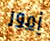
أمور